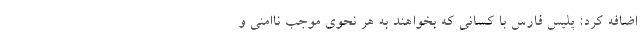
اضافه کرد: پلیس فارس با کسانی که بخواهند به هر نحوی موجب ناامنی و